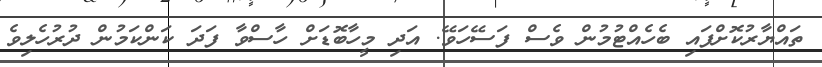
ތައްޔާރުކޮށްފައި ބެހެއްޓުމުން ވެސް ފަސޭހަވޭ. އަދި މީހާބޮޑަށް ހާސްވާ ފަދަ ކަންކަމުން ދުރުހެލިވެ